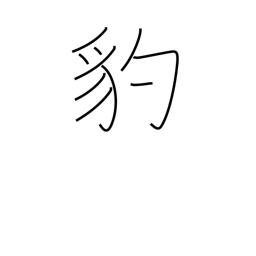
Meaning: leopard